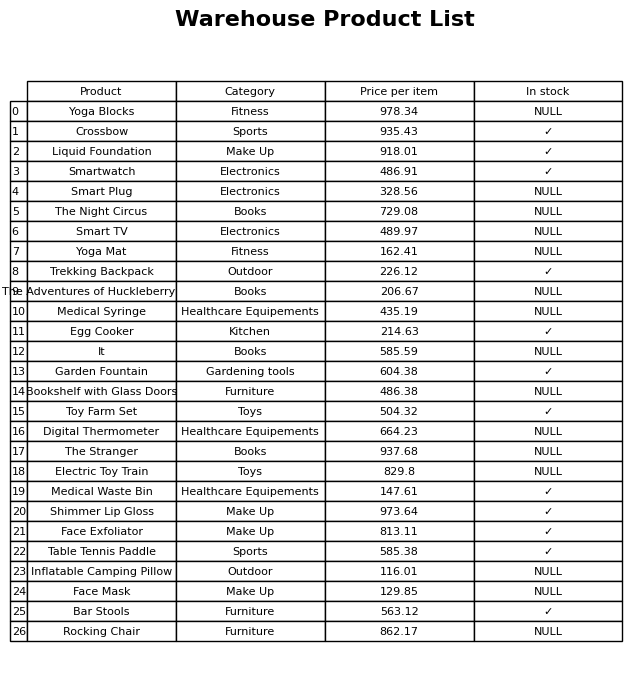
question: What is the price of the Yoga Mat?
answer: The price of Yoga Mat is 162.41.